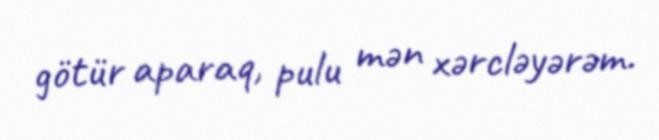
götür aparaq, pulu mən xərcləyərəm.